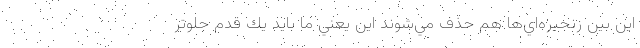
اين بين زنجيره‌اي‌ها هم حذف مي‌شوند اين يعني ما بايد يك قدم جلوتر